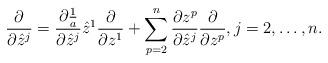
LaTeX: \begin{align*}\frac{\partial}{\partial\hat{z}^j}=\frac{\partial\frac{1}{a}}{\partial\hat{z}^j}\hat{z}^1\frac{\partial}{\partial z^1}+\sum_{p=2}^n\frac{\partial z^p}{\partial\hat{z}^j}\frac{\partial}{\partial z^p},j=2,\dots,n.\end{align*}